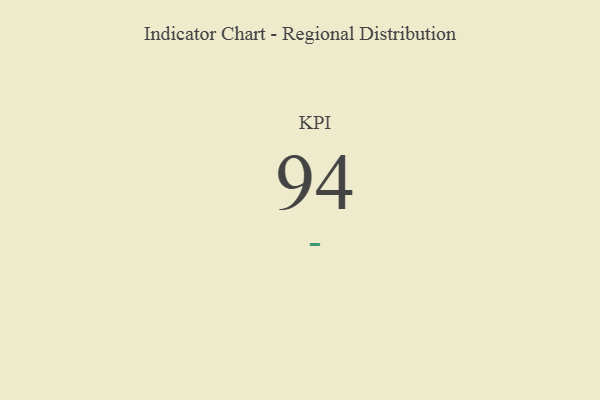
{"axis": {"x": "KPI", "y": "Value"}, "legend": [""], "data": [{"x": "KPI", "y": 94, "type": ""}]}